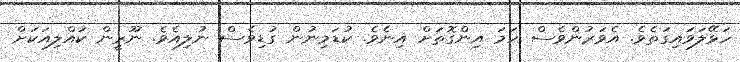
ހަޅޭލަވައިގަތެވެ. އެވަރުންވެސް ހަމަ އިންގޮތަށް އިނެވެ. ކުޑަމިނުން ގުޑިވެސް ނުލިއެވެ. ނޫރީން ކުއްްލިއަކަށް